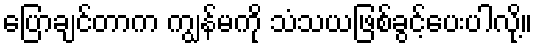
ပြောချင်တာက ကျွန်မကို သံသယဖြစ်ခွင့်ပေးပါလို့။